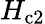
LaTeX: H_{\mathrm{c2}}